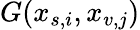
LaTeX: G(x_{s,i},x_{v,j})